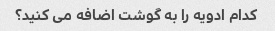
کدام ادویه را به گوشت اضافه می کنید؟